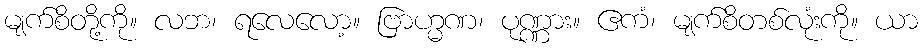
မျက်စိတို့ကို။ လဘ၊ ရလေလော့။ ဗြာဟ္မဏ၊ ပုဏ္ဏား။ ဧကံ၊ မျက်စိတစ်လုံးကို။ ယာ